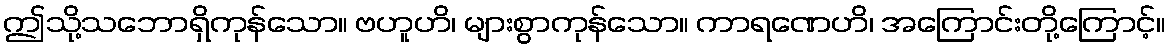
ဤသို့သဘောရှိကုန်သော။ ဗဟူဟိ၊ များစွာကုန်သော။ ကာရဏေဟိ၊ အကြောင်းတို့ကြောင့်။